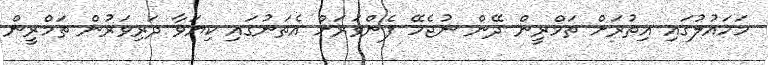
މަހައުލުގައި އިތުރަށް ތަމްރީން ދޭން ނުޖެހޭ ފެންވަރަށް އެތަނުގައި ކިޔަވާ ދަރިވަރުން ތަމްރީން